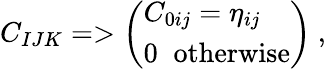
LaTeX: C_{IJK}=>\left(\begin{array}{l}{{C_{0ij}=\eta_{ij}}}\\ {{0\; \; \mathrm{otherwise}}}\end{array}\right)\ ,